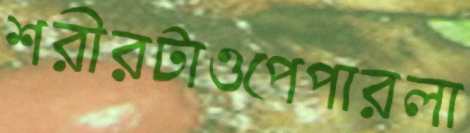
শরীরটাওপেপারলা